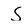
Character: S